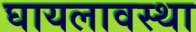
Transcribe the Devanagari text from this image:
घायलावस्था